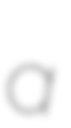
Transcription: a